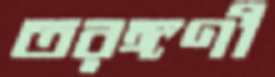
তরঙ্গণী